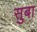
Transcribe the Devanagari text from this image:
सुबा